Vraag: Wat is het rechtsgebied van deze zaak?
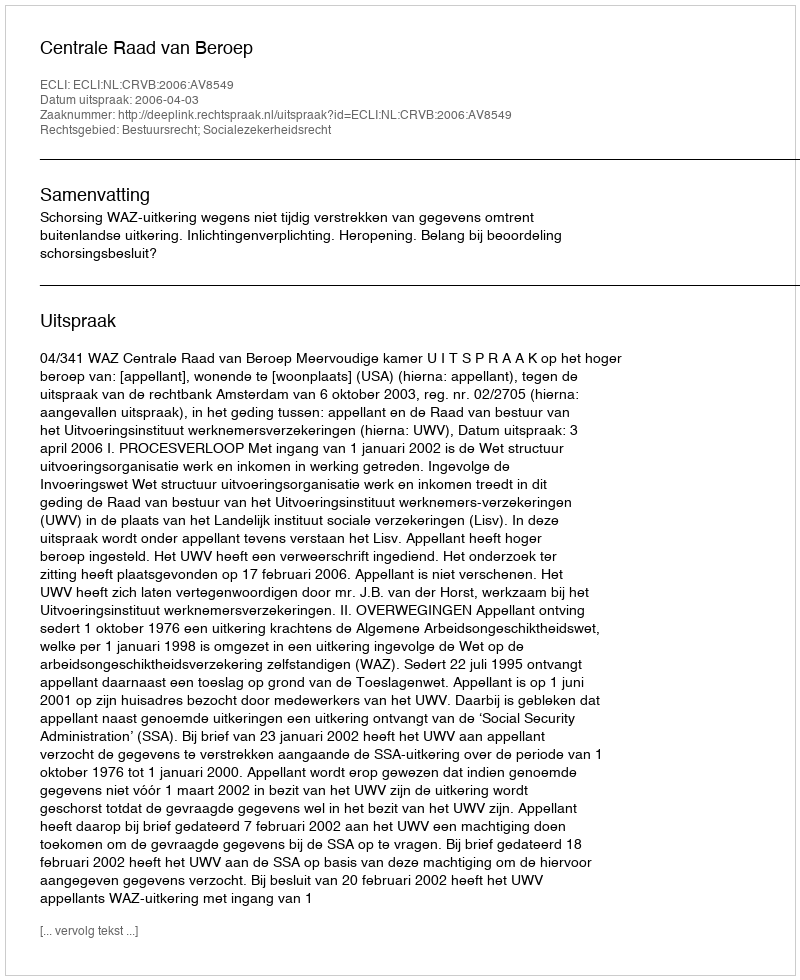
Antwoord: Bestuursrecht; Socialezekerheidsrecht